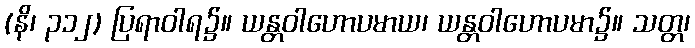
(နိ၊ ၃၁၂) ပြရာဝါရ၌။ ယန္တဝါဟောပမာယ၊ ယန္တဝါဟောပမာ၌။ သတ္တ၊